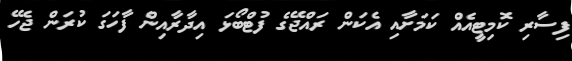
ފިސާރި ކޮމިޓީއެއް ކަމަށާއި އެކަން ރައްޖޭގެ ފުޓްބޯޅަ އިދާރާއިން ފާހަގަ ކުރަން ޖެހޭ